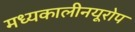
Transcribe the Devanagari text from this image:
मध्यकालीनयूरोप